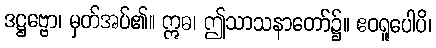
ဒဋ္ဌဗ္ဗော၊ မှတ်အပ်၏။ ဣဓ၊ ဤသာသနာတော်၌။ ဧဝရူပေါပိ၊